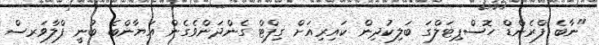
"ނާބެ ފްރެންޑް ހޮސްޕިޓަލްގަ ބަލިކުދިން ކައިރިއަށް ގިފްޓް ގެންދަންވެގެން އަޔާންބެ ބުނީ ފްލާވަރސް